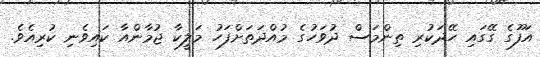
އަފޫގެ ގޭގައި ހޭދަކުރި ތިންމަސް ދުވަހުގެ މުއްދަތަށްފަހު މަލީކާ ޖުމާންއާ ކައިވެނި ކުރިއެވެ.